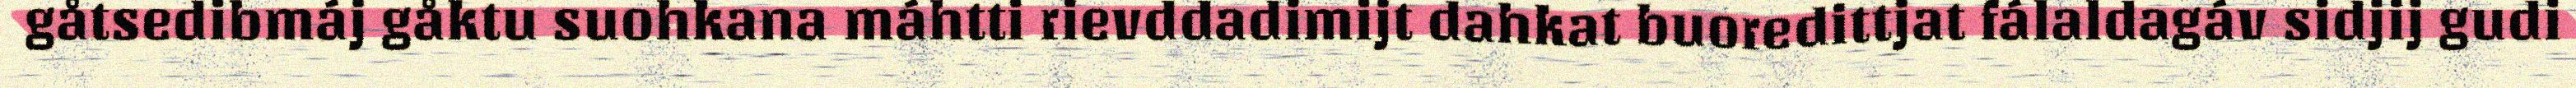
gåtsedibmáj gåktu suohkana máhtti rievddadimijt dahkat buoredittjat fálaldagáv sidjij gudi